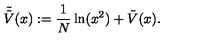
\tilde { \tilde { V } } ( x ) : = \frac { 1 } { N } \ln ( x ^ { 2 } ) + \tilde { V } ( x ) .